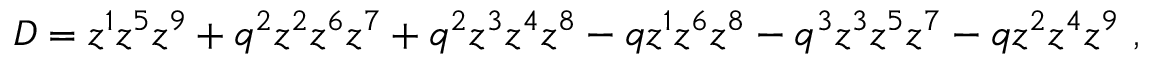
{ \cal D } = z ^ { 1 } z ^ { 5 } z ^ { 9 } + q ^ { 2 } z ^ { 2 } z ^ { 6 } z ^ { 7 } + q ^ { 2 } z ^ { 3 } z ^ { 4 } z ^ { 8 } - q z ^ { 1 } z ^ { 6 } z ^ { 8 } - q ^ { 3 } z ^ { 3 } z ^ { 5 } z ^ { 7 } - q z ^ { 2 } z ^ { 4 } z ^ { 9 } \ ,